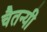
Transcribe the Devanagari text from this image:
चैतन्यी